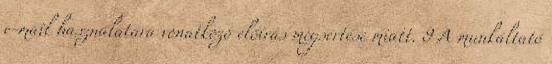
e-mail használatára vonatkozó előírás megsértése miatt. 9 A munkáltató